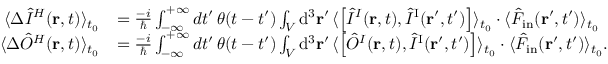
\begin{array} { r l } { \langle \Delta \hat { I } ^ { H } ( { \bf r } , t ) \rangle _ { t _ { 0 } } } & { = \frac { - i } { \hbar } \int _ { - \infty } ^ { + \infty } d t ^ { \prime } \, \theta ( t - t ^ { \prime } ) \int _ { \cal V } \mathrm { d } ^ { 3 } { \bf r } ^ { \prime } \, \langle \left[ \hat { I } ^ { I } ( { \bf r } , t ) , \hat { I } ^ { \mathrm { I } } ( { \bf r } ^ { \prime } , t ^ { \prime } ) \right] \rangle _ { t _ { 0 } } \cdot \langle \hat { F } _ { \mathrm { i n } } ( { \bf r } ^ { \prime } , t ^ { \prime } ) \rangle _ { t _ { 0 } } } \\ { \langle \Delta \hat { O } ^ { H } ( { \bf r } , t ) \rangle _ { t _ { 0 } } } & { = \frac { - i } { \hbar } \int _ { - \infty } ^ { + \infty } d t ^ { \prime } \, \theta ( t - t ^ { \prime } ) \int _ { \cal V } \mathrm { d } ^ { 3 } { \bf r } ^ { \prime } \, \langle \left[ \hat { O } ^ { I } ( { \bf r } , t ) , \hat { I } ^ { \mathrm { I } } ( { \bf r } ^ { \prime } , t ^ { \prime } ) \right] \rangle _ { t _ { 0 } } \cdot \langle \hat { F } _ { \mathrm { i n } } ( { \bf r } ^ { \prime } , t ^ { \prime } ) \rangle _ { t _ { 0 } } . } \end{array}